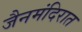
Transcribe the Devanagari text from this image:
जैनमंदिरात